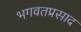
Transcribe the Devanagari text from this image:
भगवतप्रसाद